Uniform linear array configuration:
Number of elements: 16
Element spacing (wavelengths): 0.75
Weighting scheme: hamming
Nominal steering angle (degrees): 45
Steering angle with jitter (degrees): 45.302
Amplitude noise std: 0.05
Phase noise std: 0.05

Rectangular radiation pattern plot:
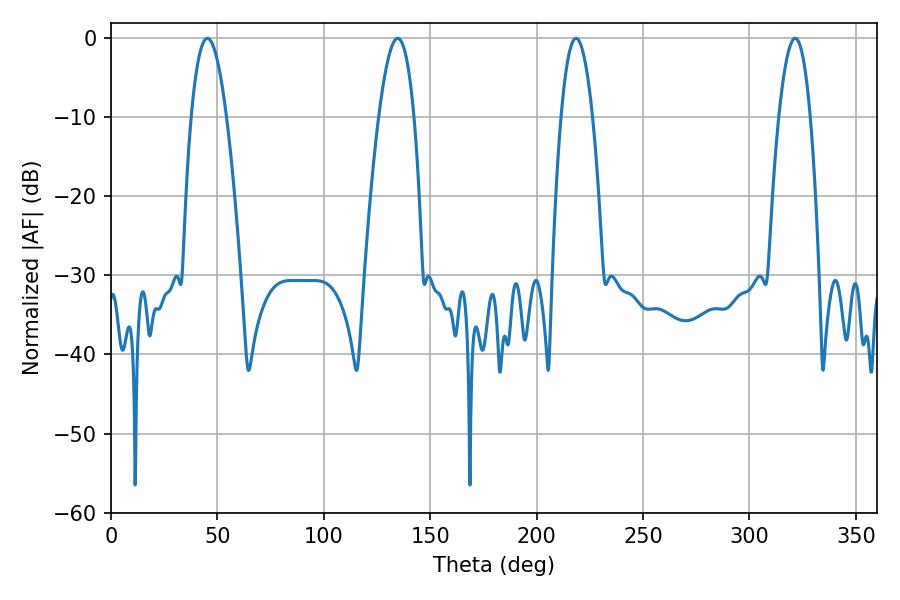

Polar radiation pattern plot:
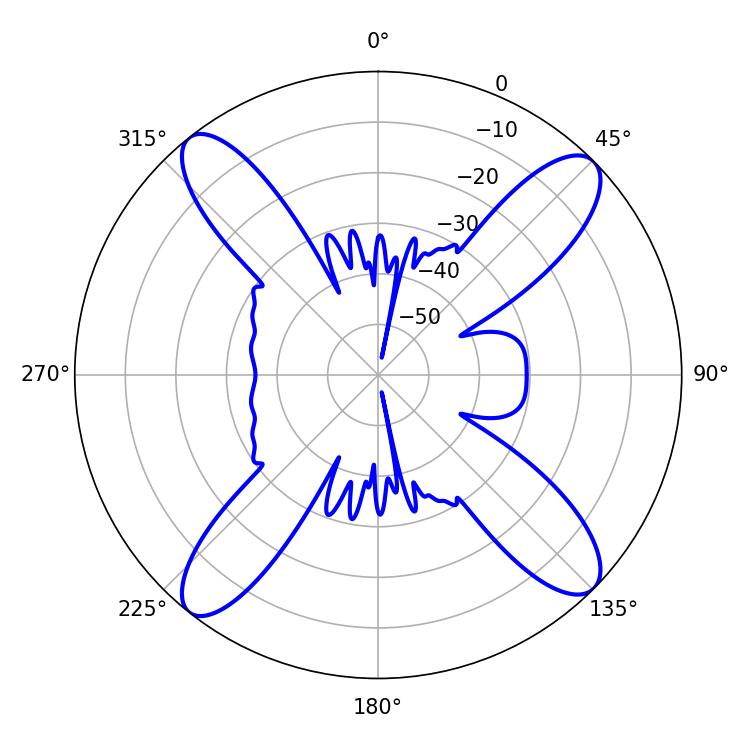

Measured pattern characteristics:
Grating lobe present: TRUE
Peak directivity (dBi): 15.747
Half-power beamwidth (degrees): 8.1
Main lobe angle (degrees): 218.52